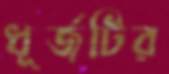
ধূর্জটির